Source: Handwritten
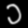
Digit: ၁ (1)